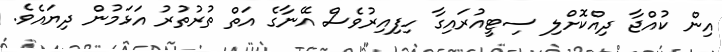
އިން ކުއްޖާ ދިއްކޮށްލި ސިޓީއުރައިގާ ހިފިއިރުވެސް އޭނާގެ އަތް ތުރުތުރު އަޅަމުން ދިޔައެވެ.